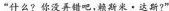
“什么?你没弄错吧，赖斯米·达斯?”